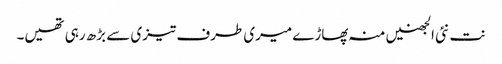
نت نئی الجھنیں منہ پھاڑے میری طرف تیزی سے بڑھ رہی تھیں۔